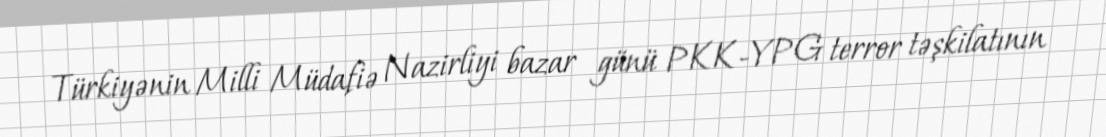
Türkiyənin Milli Müdafiə Nazirliyi bazar günü PKK-YPG terror təşkilatının